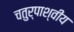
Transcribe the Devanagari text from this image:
चतुर्पाश्वीय